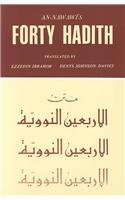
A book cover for Forty Hadith Nawawi; Translated by Ezzeddin Ibrahim; Religion & Spirituality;